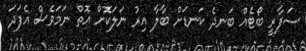
ސަފާރީ ބޯޓެއް ބަނދެ ކަނޑަށް ބާލާ އިރު ނަލަކޮށް އޮތް ނަމަވެސް އެފަދަ